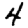
Digit: 4